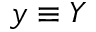
y \equiv Y